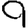
Digit: 9